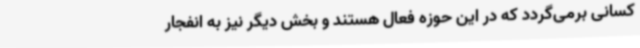
کسانی برمی‌گردد که در این حوزه فعال هستند و بخش دیگر نیز به انفجار